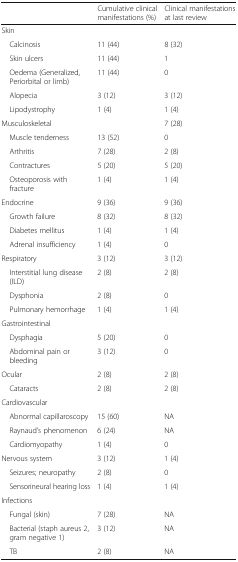
<table><thead><tr><td></td><td><b>Cumulative clinical manifestations (%)</b></td><td><b>Clinical manifestations at last review</b></td></tr></thead><tbody><tr><td>Skin</td><td></td><td></td></tr><tr><td> Calcinosis</td><td>11 (44)</td><td>8 (32)</td></tr><tr><td> Skin ulcers</td><td>11 (44)</td><td>1</td></tr><tr><td> Oedema (Generalized, Periorbital or limb)</td><td>11 (44)</td><td>0</td></tr><tr><td> Alopecia</td><td>3 (12)</td><td>3 (12)</td></tr><tr><td> Lipodystrophy</td><td>1 (4)</td><td>1 (4)</td></tr><tr><td>Musculoskeletal</td><td></td><td>7 (28)</td></tr><tr><td> Muscle tenderness</td><td>13 (52)</td><td>0</td></tr><tr><td> Arthritis</td><td>7 (28)</td><td>2 (8)</td></tr><tr><td> Contractures</td><td>5 (20)</td><td>5 (20)</td></tr><tr><td> Osteoporosis with fracture</td><td>1 (4)</td><td>1 (4)</td></tr><tr><td>Endocrine</td><td>9 (36)</td><td>9 (36)</td></tr><tr><td> Growth failure</td><td>8 (32)</td><td>8 (32)</td></tr><tr><td> Diabetes mellitus</td><td>1 (4)</td><td>1 (4)</td></tr><tr><td> Adrenal insufficiency</td><td>1 (4)</td><td>0</td></tr><tr><td>Respiratory</td><td>3 (12)</td><td>3 (12)</td></tr><tr><td> Interstitial lung disease (ILD)</td><td>2 (8)</td><td>2 (8)</td></tr><tr><td> Dysphonia</td><td>2 (8)</td><td>0</td></tr><tr><td> Pulmonary hemorrhage</td><td>1 (4)</td><td>1 (4)</td></tr><tr><td>Gastrointestinal</td><td></td><td></td></tr><tr><td> Dysphagia</td><td>5 (20)</td><td>0</td></tr><tr><td> Abdominal pain or bleeding</td><td>3 (12)</td><td>0</td></tr><tr><td>Ocular</td><td>2 (8)</td><td>2 (8)</td></tr><tr><td> Cataracts</td><td>2 (8)</td><td>2 (8)</td></tr><tr><td>Cardiovascular</td><td></td><td></td></tr><tr><td> Abnormal capillaroscopy</td><td>15 (60)</td><td>NA</td></tr><tr><td> Raynaud’s phenomenon</td><td>6 (24)</td><td>NA</td></tr><tr><td> Cardiomyopathy</td><td>1 (4)</td><td>0</td></tr><tr><td>Nervous system</td><td>3 (12)</td><td>1 (4)</td></tr><tr><td> Seizures; neuropathy</td><td>2 (8)</td><td>0</td></tr><tr><td> Sensorineural hearing loss</td><td>1 (4)</td><td>1 (4)</td></tr><tr><td>Infections</td><td></td><td></td></tr><tr><td> Fungal (skin)</td><td>7 (28)</td><td>NA</td></tr><tr><td> Bacterial (staph aureus 2, gram negative 1)</td><td>3 (12)</td><td>NA</td></tr><tr><td> TB</td><td>2 (8)</td><td>NA</td></tr></tbody></table>